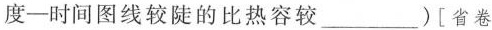
度一时间图线较陡的比热容较___)[省卷